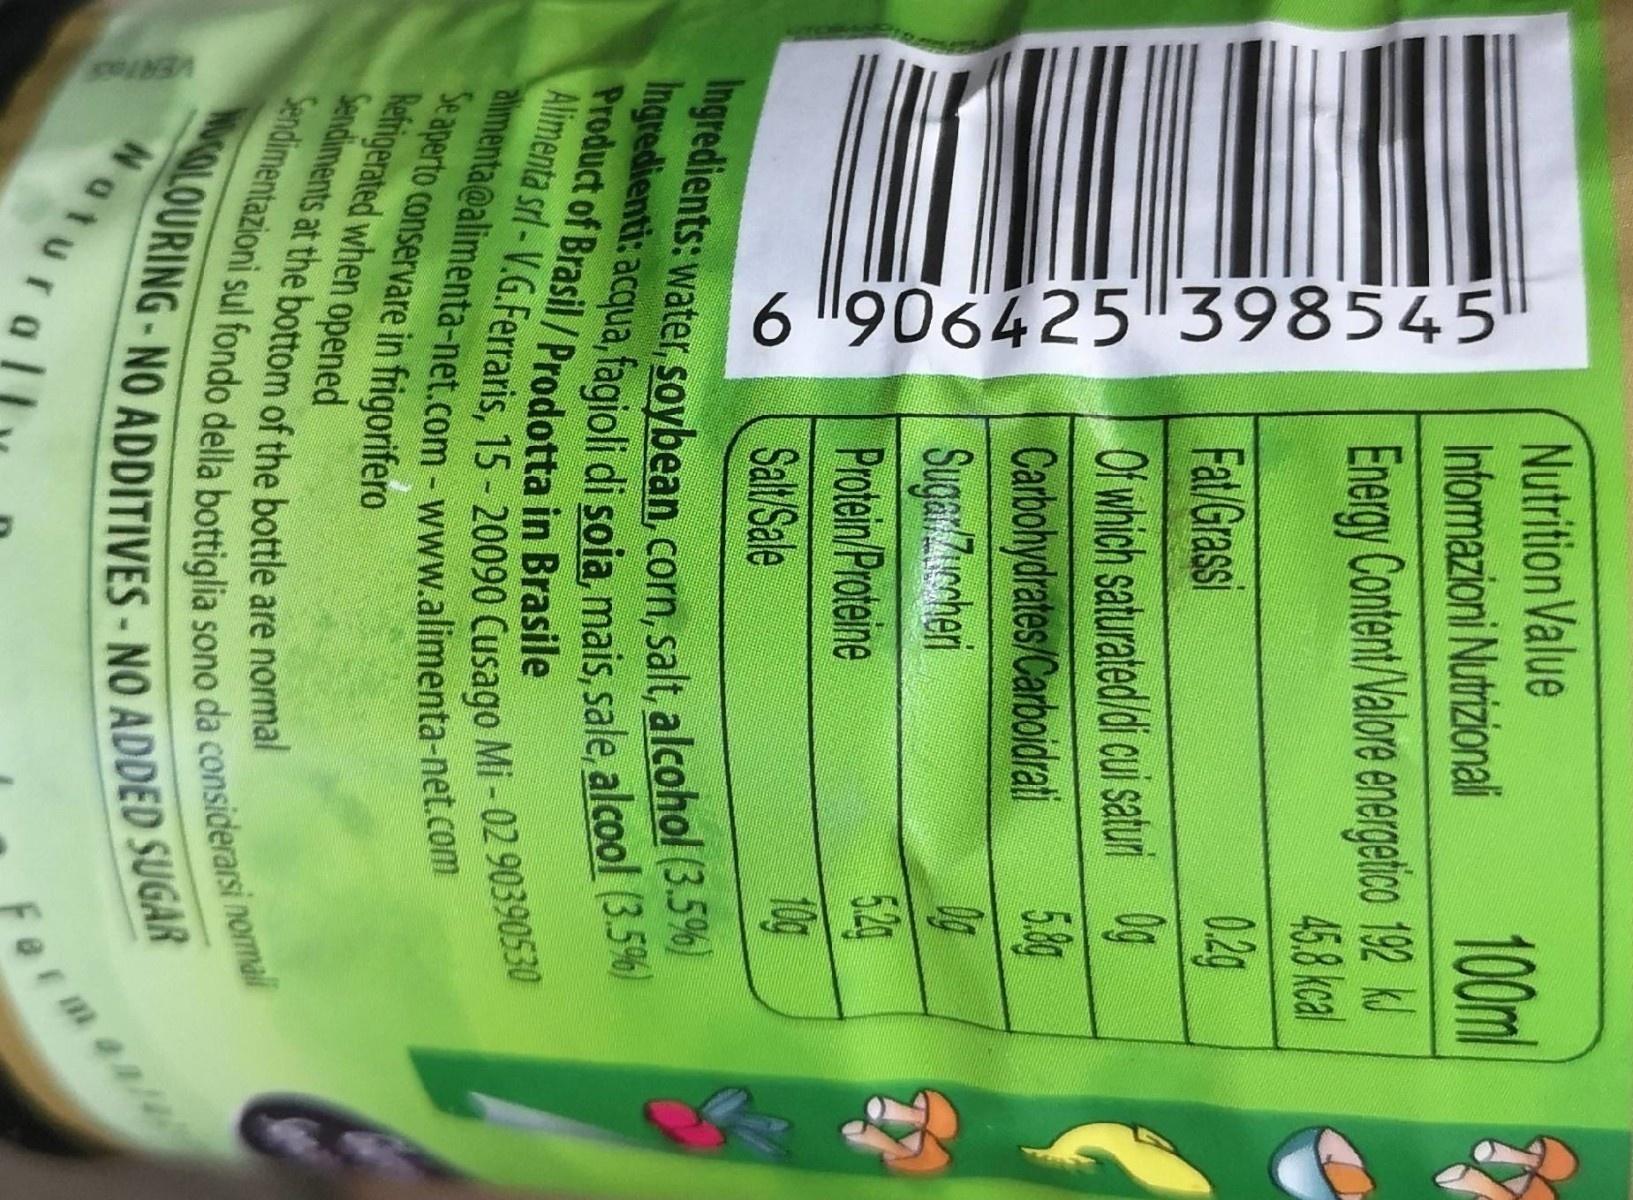
VERT
6 906425 398545
一4
Nutrition Value Informazioni Nutrizionali
100m
Energy Content /Valore energetco 192 kJ 45.8 kcal
02g
Fat/Grassi
Of which saturated/di cui saturi 0g 5.8g Carbohydrates/Carboidrati
Suga:Z4cheri Protein Proteine
524 10g
Salt Sale
Ingredients: water, soybean, corn, salt, alcohol (3.5%) Ingredienti: acqua, fagioli di soia, mais, sale, alcool (3.5%) Alimenta srl-V.G.Ferraris, 15- 20090 Cusago Mi - 02 90390530
Product of Brasil/Prodotta in Brasile
aimenta@alimenta-net.com-www.alimenta-net.com Se aperto conservare in friqorifero Refrigerated when opened
Sendiments at the bottom of the bottle are normal
Sendimentazioni sul fondo della bottiglia sono da considerarsi normal
NoOLOURING-NO ADDITIVES-NO ADDED SUGAR Natura
Not
Fermen/